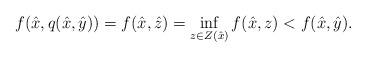
LaTeX: \begin{align*}f(\hat{x}, q(\hat{x}, \hat{y})) = f(\hat{x}, \hat{z})= \inf\limits_{z\in Z(\hat{x})} f(\hat{x}, z) < f(\hat{x}, \hat{y}).\end{align*}